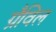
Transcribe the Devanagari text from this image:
ग्रैविल